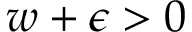
w + \epsilon > 0